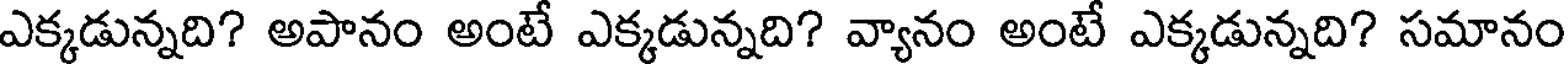
ఎక్కడున్నది? అపానం అంటే ఎక్కడున్నది? వ్యానం అంటే ఎక్కడున్నది? సమానం